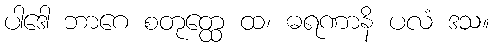
ပါဒေါ ဘာဂေ စတုတ္ထေ ထ၊ ဓရဏာနိ ပလံ ဒသ။